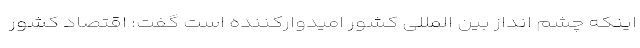
اینکه چشم انداز بین المللی کشور امیدوارکننده است گفت: اقتصاد کشور